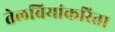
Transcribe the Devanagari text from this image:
तेलबियांकरिता